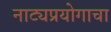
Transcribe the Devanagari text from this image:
नाट्यप्रयोगाचा